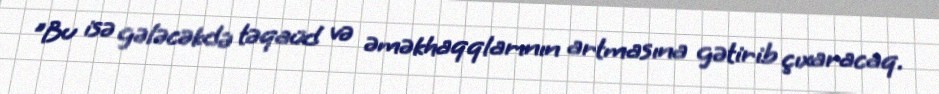
"Bu isə gələcəkdə təqaüd və əməkhaqqlarının artmasına gətirib çıxaracaq.